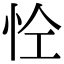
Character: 𢘐